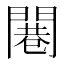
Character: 闀